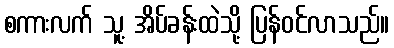
စကားလက် သူ့ အိပ်ခန်းထဲသို့ ပြန်ဝင်လာသည်။